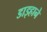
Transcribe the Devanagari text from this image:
डाइहाने